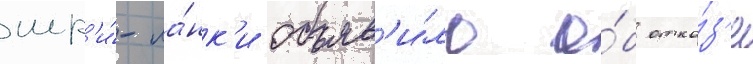
шр'и́-ла́нк'и объяв'и́ло о́б отка́з'е